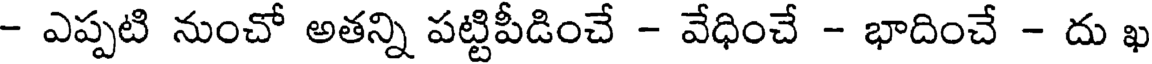
- ఎప్పటి నుంచో అతన్ని పట్టిపీడించే - వేధించే - భాదించే - దు ఖ